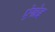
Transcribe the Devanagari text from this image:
ऐन्नेइ